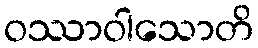
ဝဿာဝါသောတိ